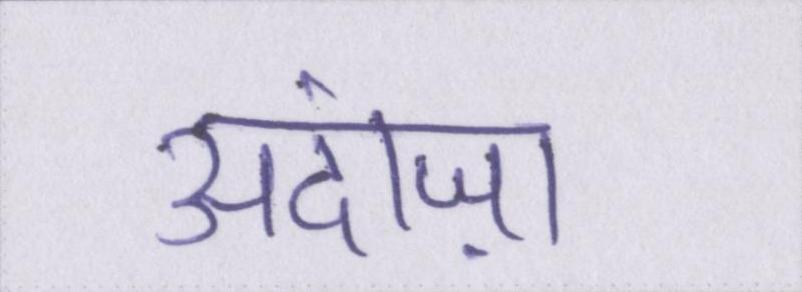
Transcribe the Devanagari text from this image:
अंदाज़ा